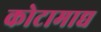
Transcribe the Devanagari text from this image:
कोटामाद्य